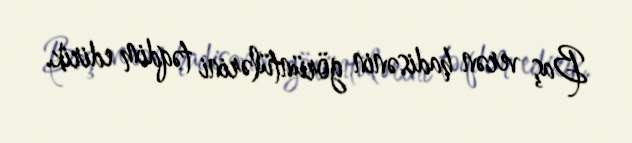
Baş verən hadisənin görüntülərini təqdim edirik.